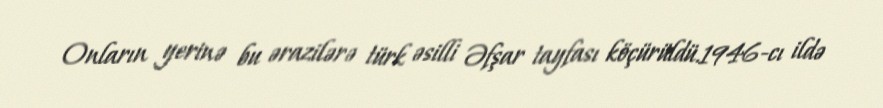
Onların yerinə bu ərazilərə türk əsilli Əfşar tayfası köçürüldü.1946-cı ildə